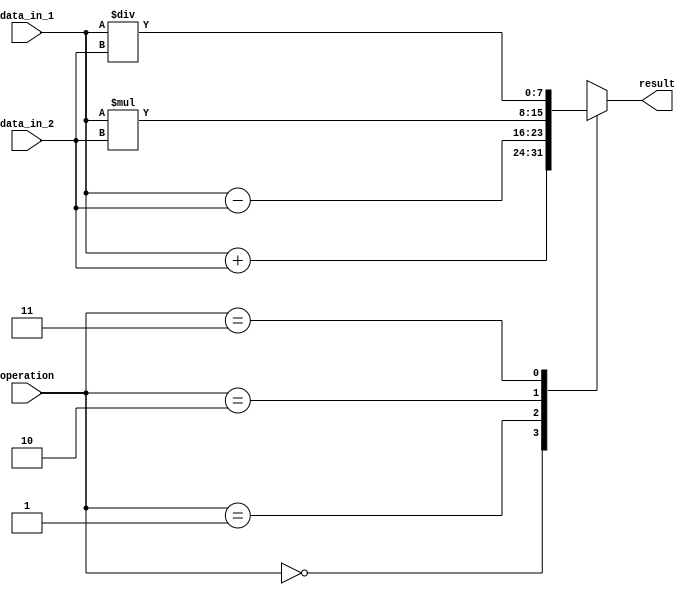
module VectorALU (
    input [7:0] data_in_1,
    input [7:0] data_in_2,
    input [1:0] operation,
    output reg [7:0] result
);

always @(*)
begin
    case(operation)
        2'b00: // addition
            result = data_in_1 + data_in_2;
        2'b01: // subtraction
            result = data_in_1 - data_in_2;
        2'b10: // multiplication
            result = data_in_1 * data_in_2;
        2'b11: // division
            result = data_in_1 / data_in_2;
    endcase
end

endmodule